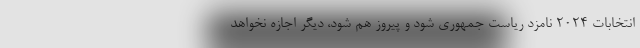
انتخابات ۲۰۲۴ نامزد ریاست جمهوری شود و پیروز هم شود، دیگر اجازه نخواهد